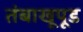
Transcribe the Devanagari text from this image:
तंबाखूपूड